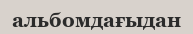
альбомдағыдан